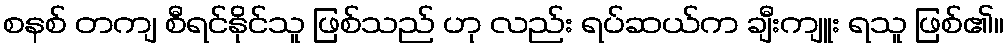
စနစ် တကျ စီရင်နိုင်သူ ဖြစ်သည် ဟု လည်း ရပ်ဆယ်က ချီးကျူး ရသူ ဖြစ်၏။